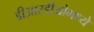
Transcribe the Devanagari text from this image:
डीआरडीओमध्ये